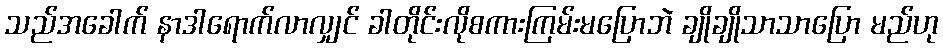
သည်အခေါက် နာဒါရောက်လာလျှင် ခါတိုင်းလိုစကားကြမ်းမပြောဘဲ ချိုချိုသာသာပြော မည်ဟု